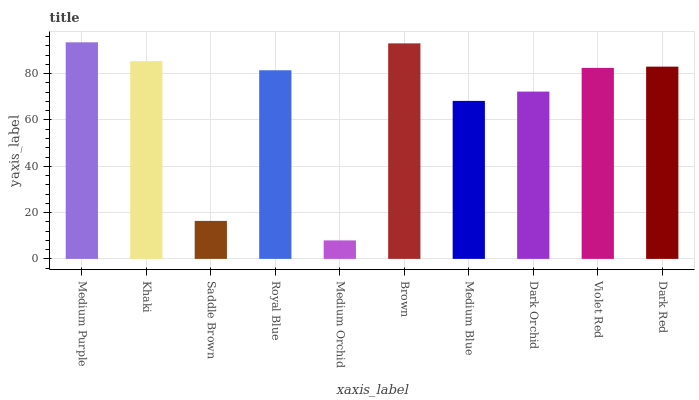
| xaxis_label | bars |
 | --- | --- |
 | Medium Purple | 93.5 |
 | Khaki | 85.4 |
 | Saddle Brown | 16.4 |
 | Royal Blue | 81.5 |
 | Medium Orchid | 7.98 |
 | Brown | 93.1 |
 | Medium Blue | 68.2 |
 | Dark Orchid | 72.3 |
 | Violet Red | 82.5 |
 | Dark Red | 83 |